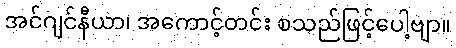
အင်ဂျင်နီယာ၊ အကောင့်တင်း စသည်ဖြင့်ပေါ့ဗျာ။